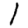
Digit: 1